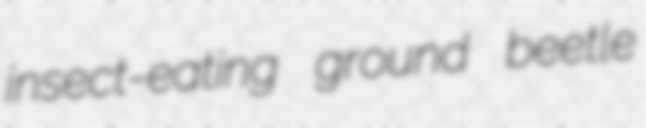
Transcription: insect-eating ground beetle